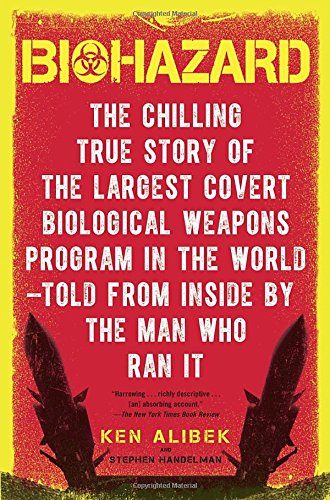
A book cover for Biohazard: The Chilling True Story of the Largest Covert Biological Weapons Program in the World--Told from Inside by the Man Who Ran It; Ken Alibek; History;